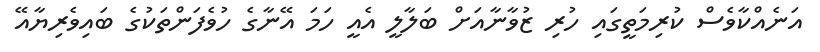
އަނެއްކާވެސް ކުރިމަތީގައި ހުރި ޒުވާނާއަށް ބަލާލީ އެއީ ހަމަ އޭނާގެ ހުވެފަންތަކުގެ ބައިވެރިޔާއޭ